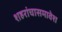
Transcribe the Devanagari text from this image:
शहरांचासमावेश